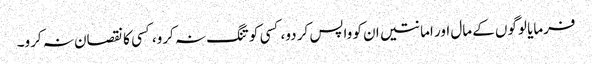
فرمایا لوگوں کے مال اور امانتیں ان کو واپس کر دو، کسی کو تنگ نہ کرو،کسی کا نقصان نہ کرو۔